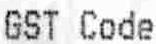
GST CODE